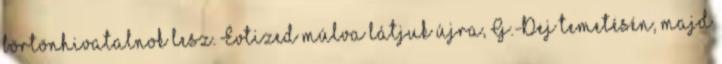
börtönhivatalnok lesz. Évtized múlva látjuk újra, G.-Dej temetésén, majd